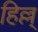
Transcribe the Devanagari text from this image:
हिल्ल्